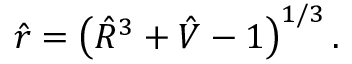
\begin{array} { r } { \hat { r } = \left( \hat { R } ^ { 3 } + \hat { V } - 1 \right) ^ { 1 / 3 } . } \end{array}